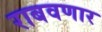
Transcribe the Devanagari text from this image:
राबवणार